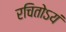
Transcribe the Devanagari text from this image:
रचितोऽयं